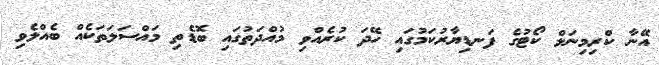
އޭނާ ކްރިމިނަލް ކޯޓުގެ ފަނޑިޔާރުކަމުގައި ހޭދަ ކުރެއްވި މުއްދަތުގައި ބޮޑެތި މައްސަލަތަކެއް ބެއްލެވި